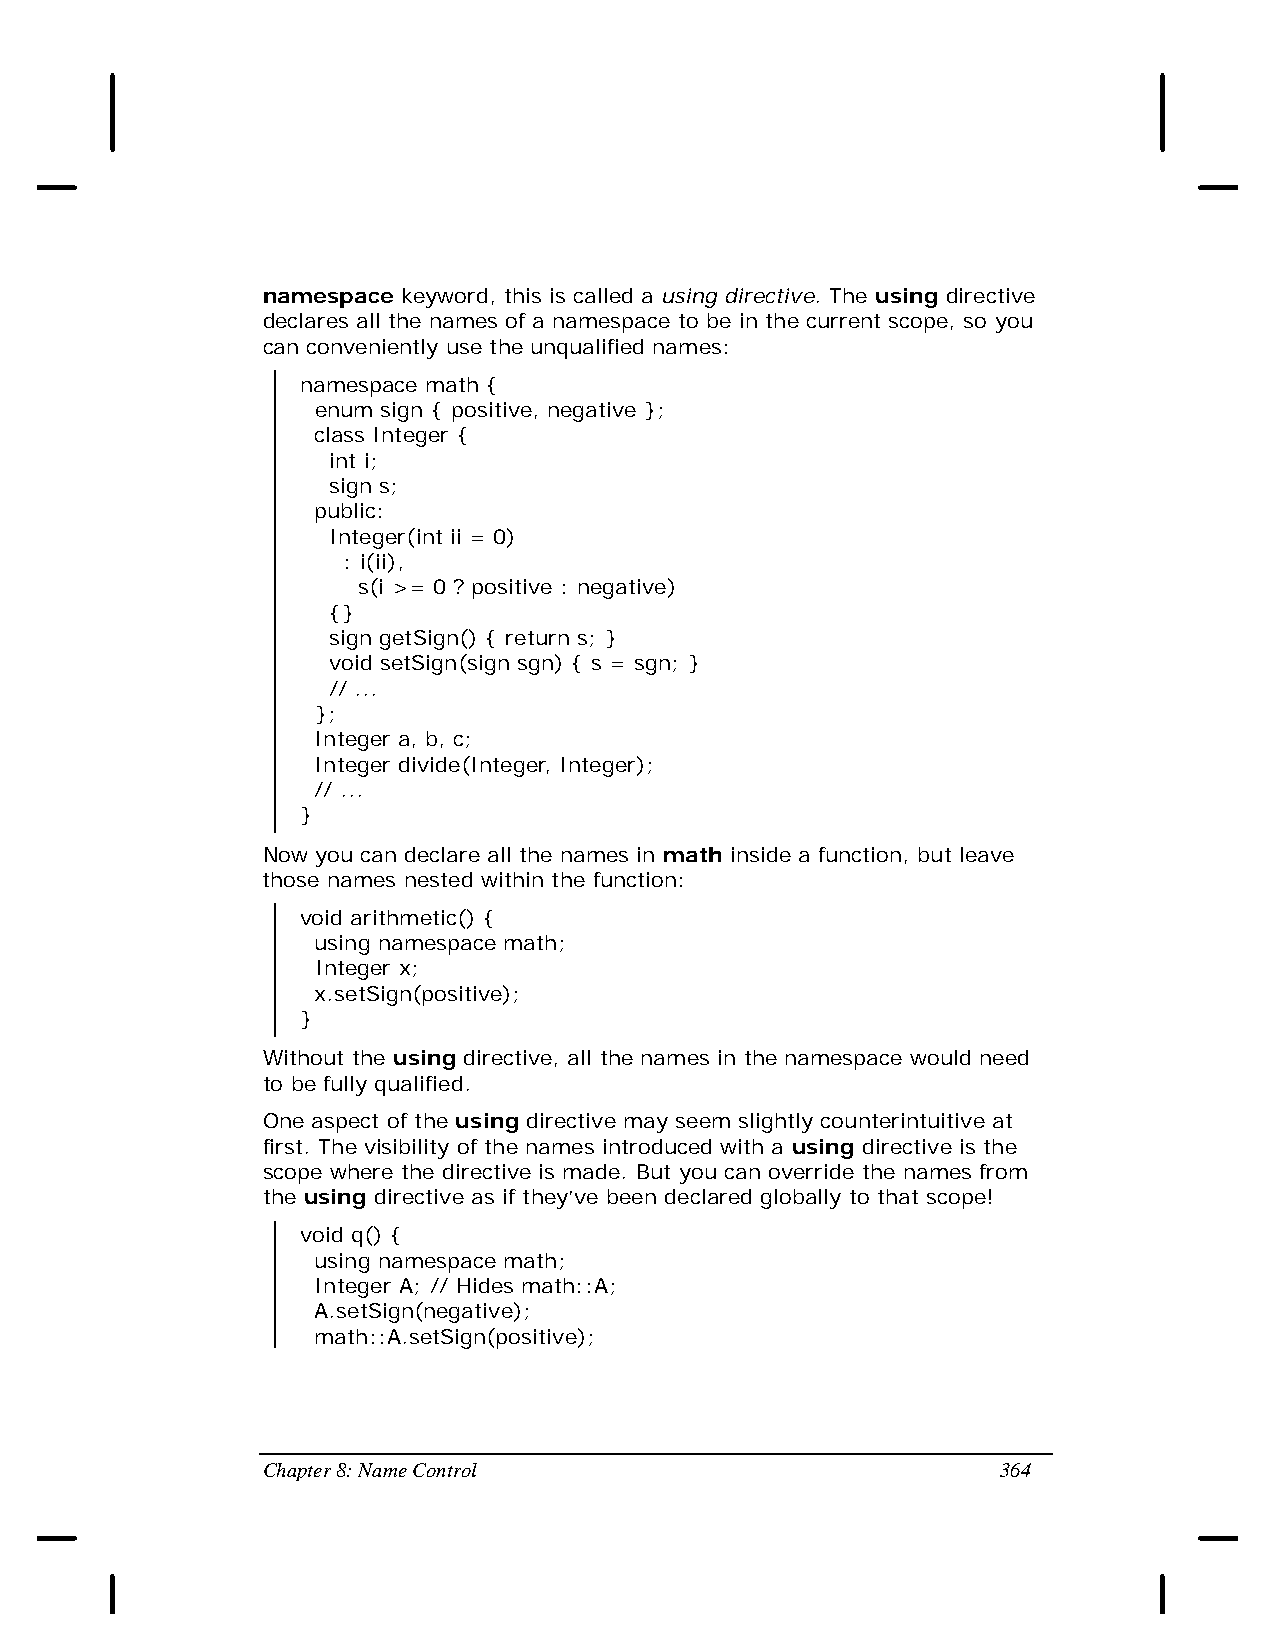
namespace keyword, this is called a using directive. The using directive
 declares all the names of a namespace to be in the current scope, so you
 can conveniently use the unqualified names:
 namespace math {
 enum sign { positive, negative };
 class Integer {
 int i;
 sign s;
 public:
 Integer(int ii = 0)
 : i(ii),
 s(i >= 0 ? positive : negative)
 {}
 sign getSign() { return s; }
 void setSign(sign sgn) { s = sgn; }
 // ...
 };
 Integer a, b, c;
 Integer divide(Integer, Integer);
 // ...
 }
 Now you can declare all the names in math inside a function, but leave
 those names nested within the function:
 void arithmetic() {
 using namespace math;
 Integer x;
 x.setSign(positive);
 }
 Without the using directive, all the names in the namespace would need
 to be fully qualified.
 One aspect of the using directive may seem slightly counterintuitive at
 first. The visibility of the names introduced with a using directive is the
 scope where the directive is made. But you can override the names from
 the using directive as if they’ve been declared globally to that scope!
 void q() {
 using namespace math;
 Integer A; // Hides math::A;
 A.setSign(negative);
 math::A.setSign(positive);
 Chapter 8: Name Control                          364